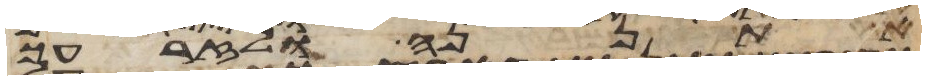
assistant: אתננה ולזרעך